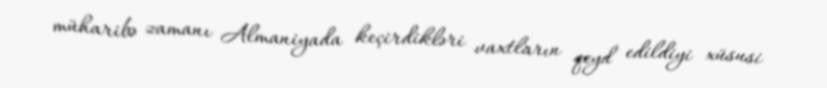
müharibə zamanı Almaniyada keçirdikləri vaxtların qeyd edildiyi xüsusi